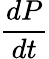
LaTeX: \frac{dP}{dt}